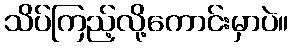
သိပ်ကြည့်လို့ကောင်းမှာပဲ။